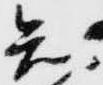
知